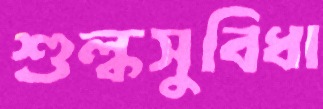
শুল্কসুবিধা